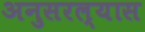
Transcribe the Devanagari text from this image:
अनुसरल्यास